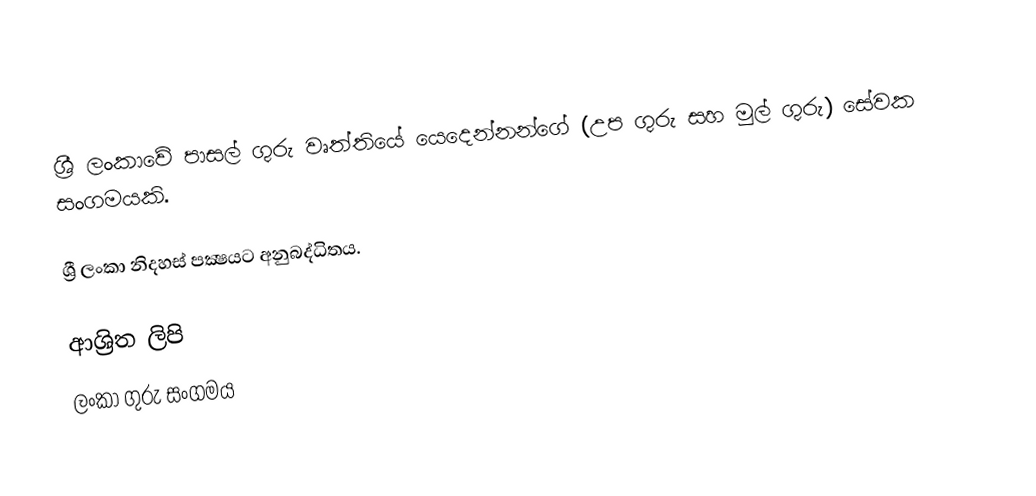
ශ්‍රී ලංකාවේ පාසල් ගුරු වෘත්තියේ යෙදෙන්නන්ගේ (උප ගුරු සහ මුල් ගුරු) සේවක සංගමයකි.

ශ්‍රී ලංකා නිදහස් පක්‍ෂයට අනුබද්ධිතය.

ආශ්‍රිත ලිපි
 ලංකා ගුරු සංගමය